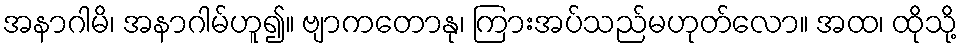
အနာဂါမိ၊ အနာဂါမ်ဟူ၍။ ဗျာကတောနု၊ ကြားအပ်သည်မဟုတ်လော။ အထ၊ ထိုသို့